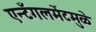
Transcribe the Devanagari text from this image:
एन्टँगलमेंटमुळे